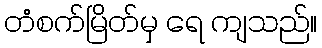
တံစက်မြိတ်မှ ရေ ကျသည်။